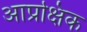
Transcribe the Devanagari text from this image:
आप्रक्षिक